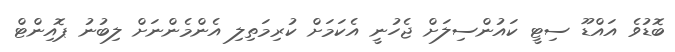
ބޮޑުވެ އައްޑޫ ސިޓީ ކައުންސިލަށް ޖެހުނީ އެކަމަށް ކުރިމަތިލި އެންމެންނަށް ލިބުނު ޕޮއިންޓް